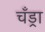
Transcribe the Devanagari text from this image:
चँड्रा